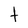
Character: t